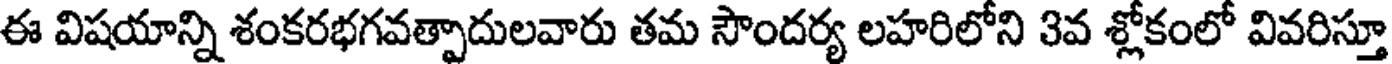
ఈ విషయాన్ని శంకరభగవత్పాదులవారు తమ సౌందర్య లహరిలోని 3వ శ్లోకంలో వివరిస్తూ